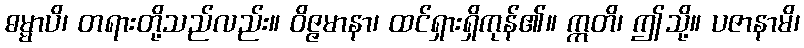
ဓမ္မာပိ၊ တရားတို့သည်လည်း။ ဝိဇ္ဇမာနာ၊ ထင်ရှားရှိကုန်၏။ ဣတိ၊ ဤသို့။ ပဇာနာမိ၊